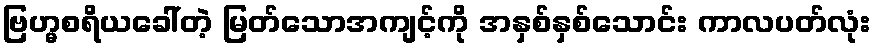
ဗြဟ္မစရိယခေါ်တဲ့ မြတ်သောအကျင့်ကို အနှစ်နှစ်သောင်း ကာလပတ်လုံး